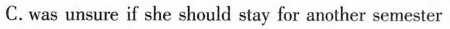
C,was unsure if sbe should stay for another semeater